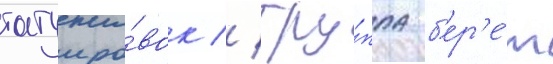
татуиро́вок // Гру́ппа б'ер'е́т